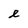
Character: e